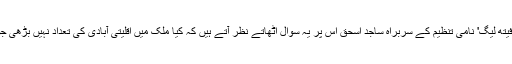
مسیحی برادری کے ایک سرگرم کارکن اور 'پاکستان انٹرفیتھ لیگ' نامی تنظیم کے سربراہ ساجد اسحٰق اس پر یہ سوال اٹھاتے نظر آتے ہیں کہ کیا ملک میں اقلیتی آبادی کی تعداد نہیں بڑھی جو ان کے لیے پارلیمان میں نشستوں کا اضافہ نہیں کیا گیا۔